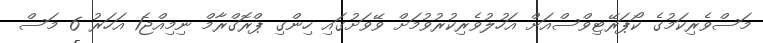
މަސްވެރިކަމުގެ ކޯޕަރޭޓިވްސްއަށް އަހުލުވެރިކުރުވުމަށް ވޭވަށުގައި ހިންގި ޕްރޮގްރާމް ނިމިއްޖެ1 އަހަރު 6 މަސް